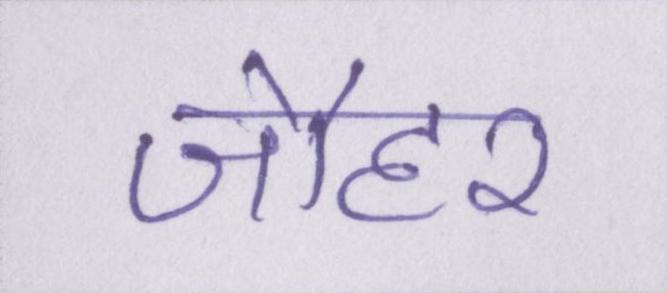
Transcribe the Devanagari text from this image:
जौहर